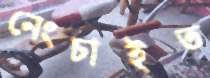
নেংচাইত